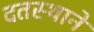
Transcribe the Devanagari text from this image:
दतस्थाने